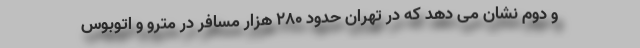
و دوم نشان می دهد که در تهران حدود ۲۸۰ هزار مسافر در مترو و اتوبوس